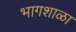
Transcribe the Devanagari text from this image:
भागशाळा